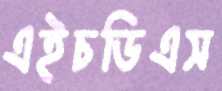
এইচডিএস